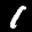
Label: 1